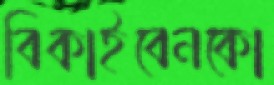
বিকাইবেনকো